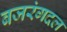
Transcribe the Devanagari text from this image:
बजरंगदल